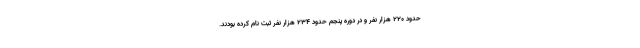
حدود ۲۲۰ هزار نفر و در دوره پنجم حدود ۲۳۴ هزار نفر ثبت نام کرده بودند.